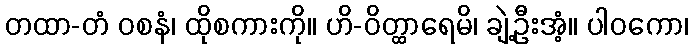
တထာ-တံ ဝစနံ၊ ထိုစကားကို။ ဟိ-ဝိတ္ထာရေမိ၊ ချဲ့ဦးအံ့။ ပါဝကော၊